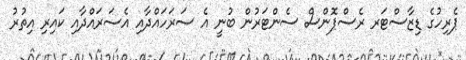
ޕެރިހުގެ ޑިޒާސްޓަރ ރެސްޕޮންސް ސެންޓަރުން ބުނީ އެ ސަރަހައްދާއި އެސަރައްދާއި ކައިރި އިތުރު